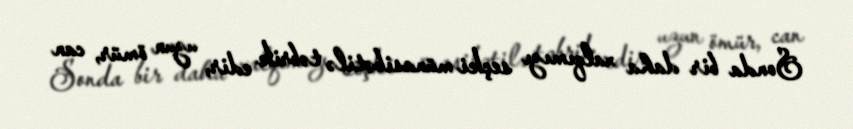
Sonda bir daha xalqımızı seçki münasibətilə təbrik edir, uzun ömür, can